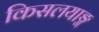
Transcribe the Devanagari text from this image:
किसलयाङ्ग